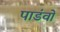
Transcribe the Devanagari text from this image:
पाडंवों